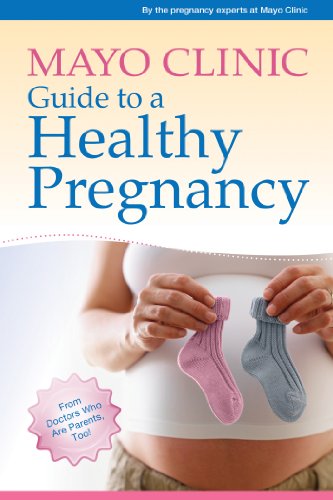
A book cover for Mayo Clinic Guide to a Healthy Pregnancy: From Doctors Who Are Parents, Too!; the pregnancy experts at Mayo Clinic; Parenting & Relationships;